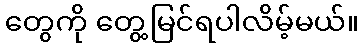
တွေကို တွေ့မြင်ရပါလိမ့်မယ်။